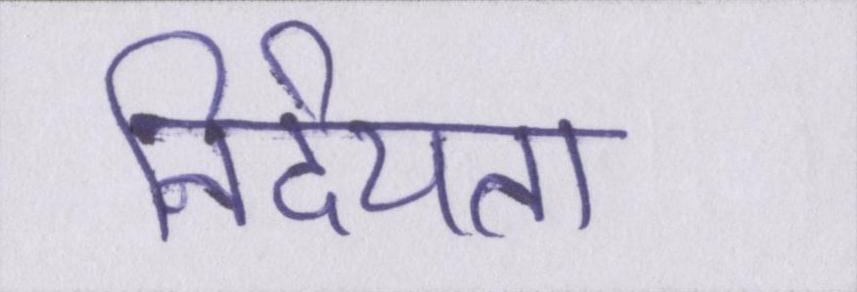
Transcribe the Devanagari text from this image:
निर्दयता